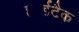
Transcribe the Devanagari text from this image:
हार्डटैक